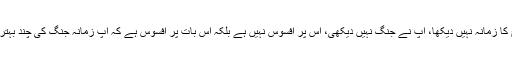
افسوس کہ آپ نے جنگ کے عروج کا زمانہ نہیں دیکھا، آپ نے جنگ نہیں دیکھی، اس پر افسوس نہیں ہے بلکہ اس بات پر افسوس ہے کہ آپ زمانہ جنگ کی چند بہترین خصوصیات کو نہیں دیکھ پائے۔